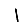
Digit: 1